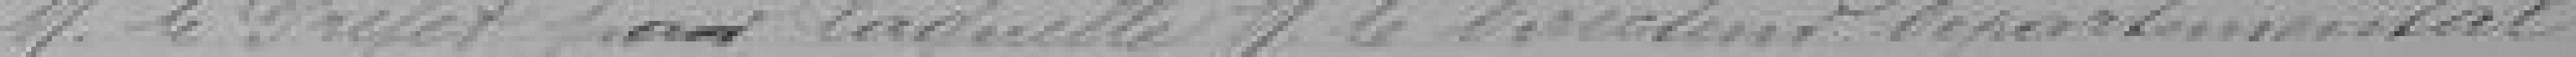
Monsieur le Préfet par laquelle Monsieur le Président départemental